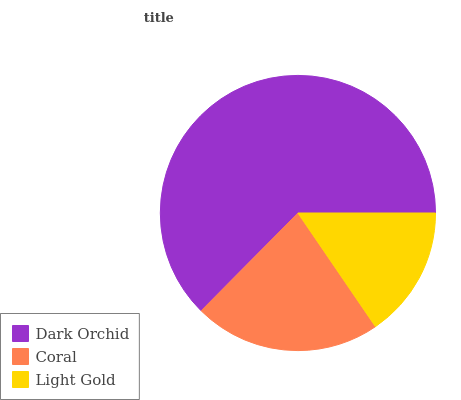
| Dark Orchid | Coral | Light Gold |
 | --- | --- | --- |
 | 62.6% | 22% | 15.5% |